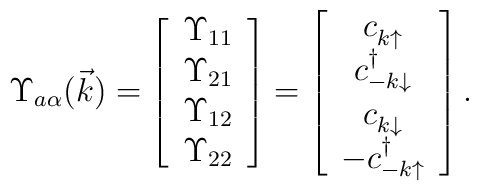
\Upsilon_{a\alpha}(\vec{k}) = \left[ \begin{array}{c}\Upsilon_{11} \\ \Upsilon_{21} \\ \Upsilon_{12} \\ \Upsilon_{22}\end{array} \right] = \left[ \begin{array}{c}c_{k\uparrow}^{\vphantom\dagger} \\ c_{-k\downarrow}^{\dagger} \\c_{k\downarrow}^{\vphantom\dagger} \\ -c_{-k\uparrow}^{\dagger}\end{array}\right].